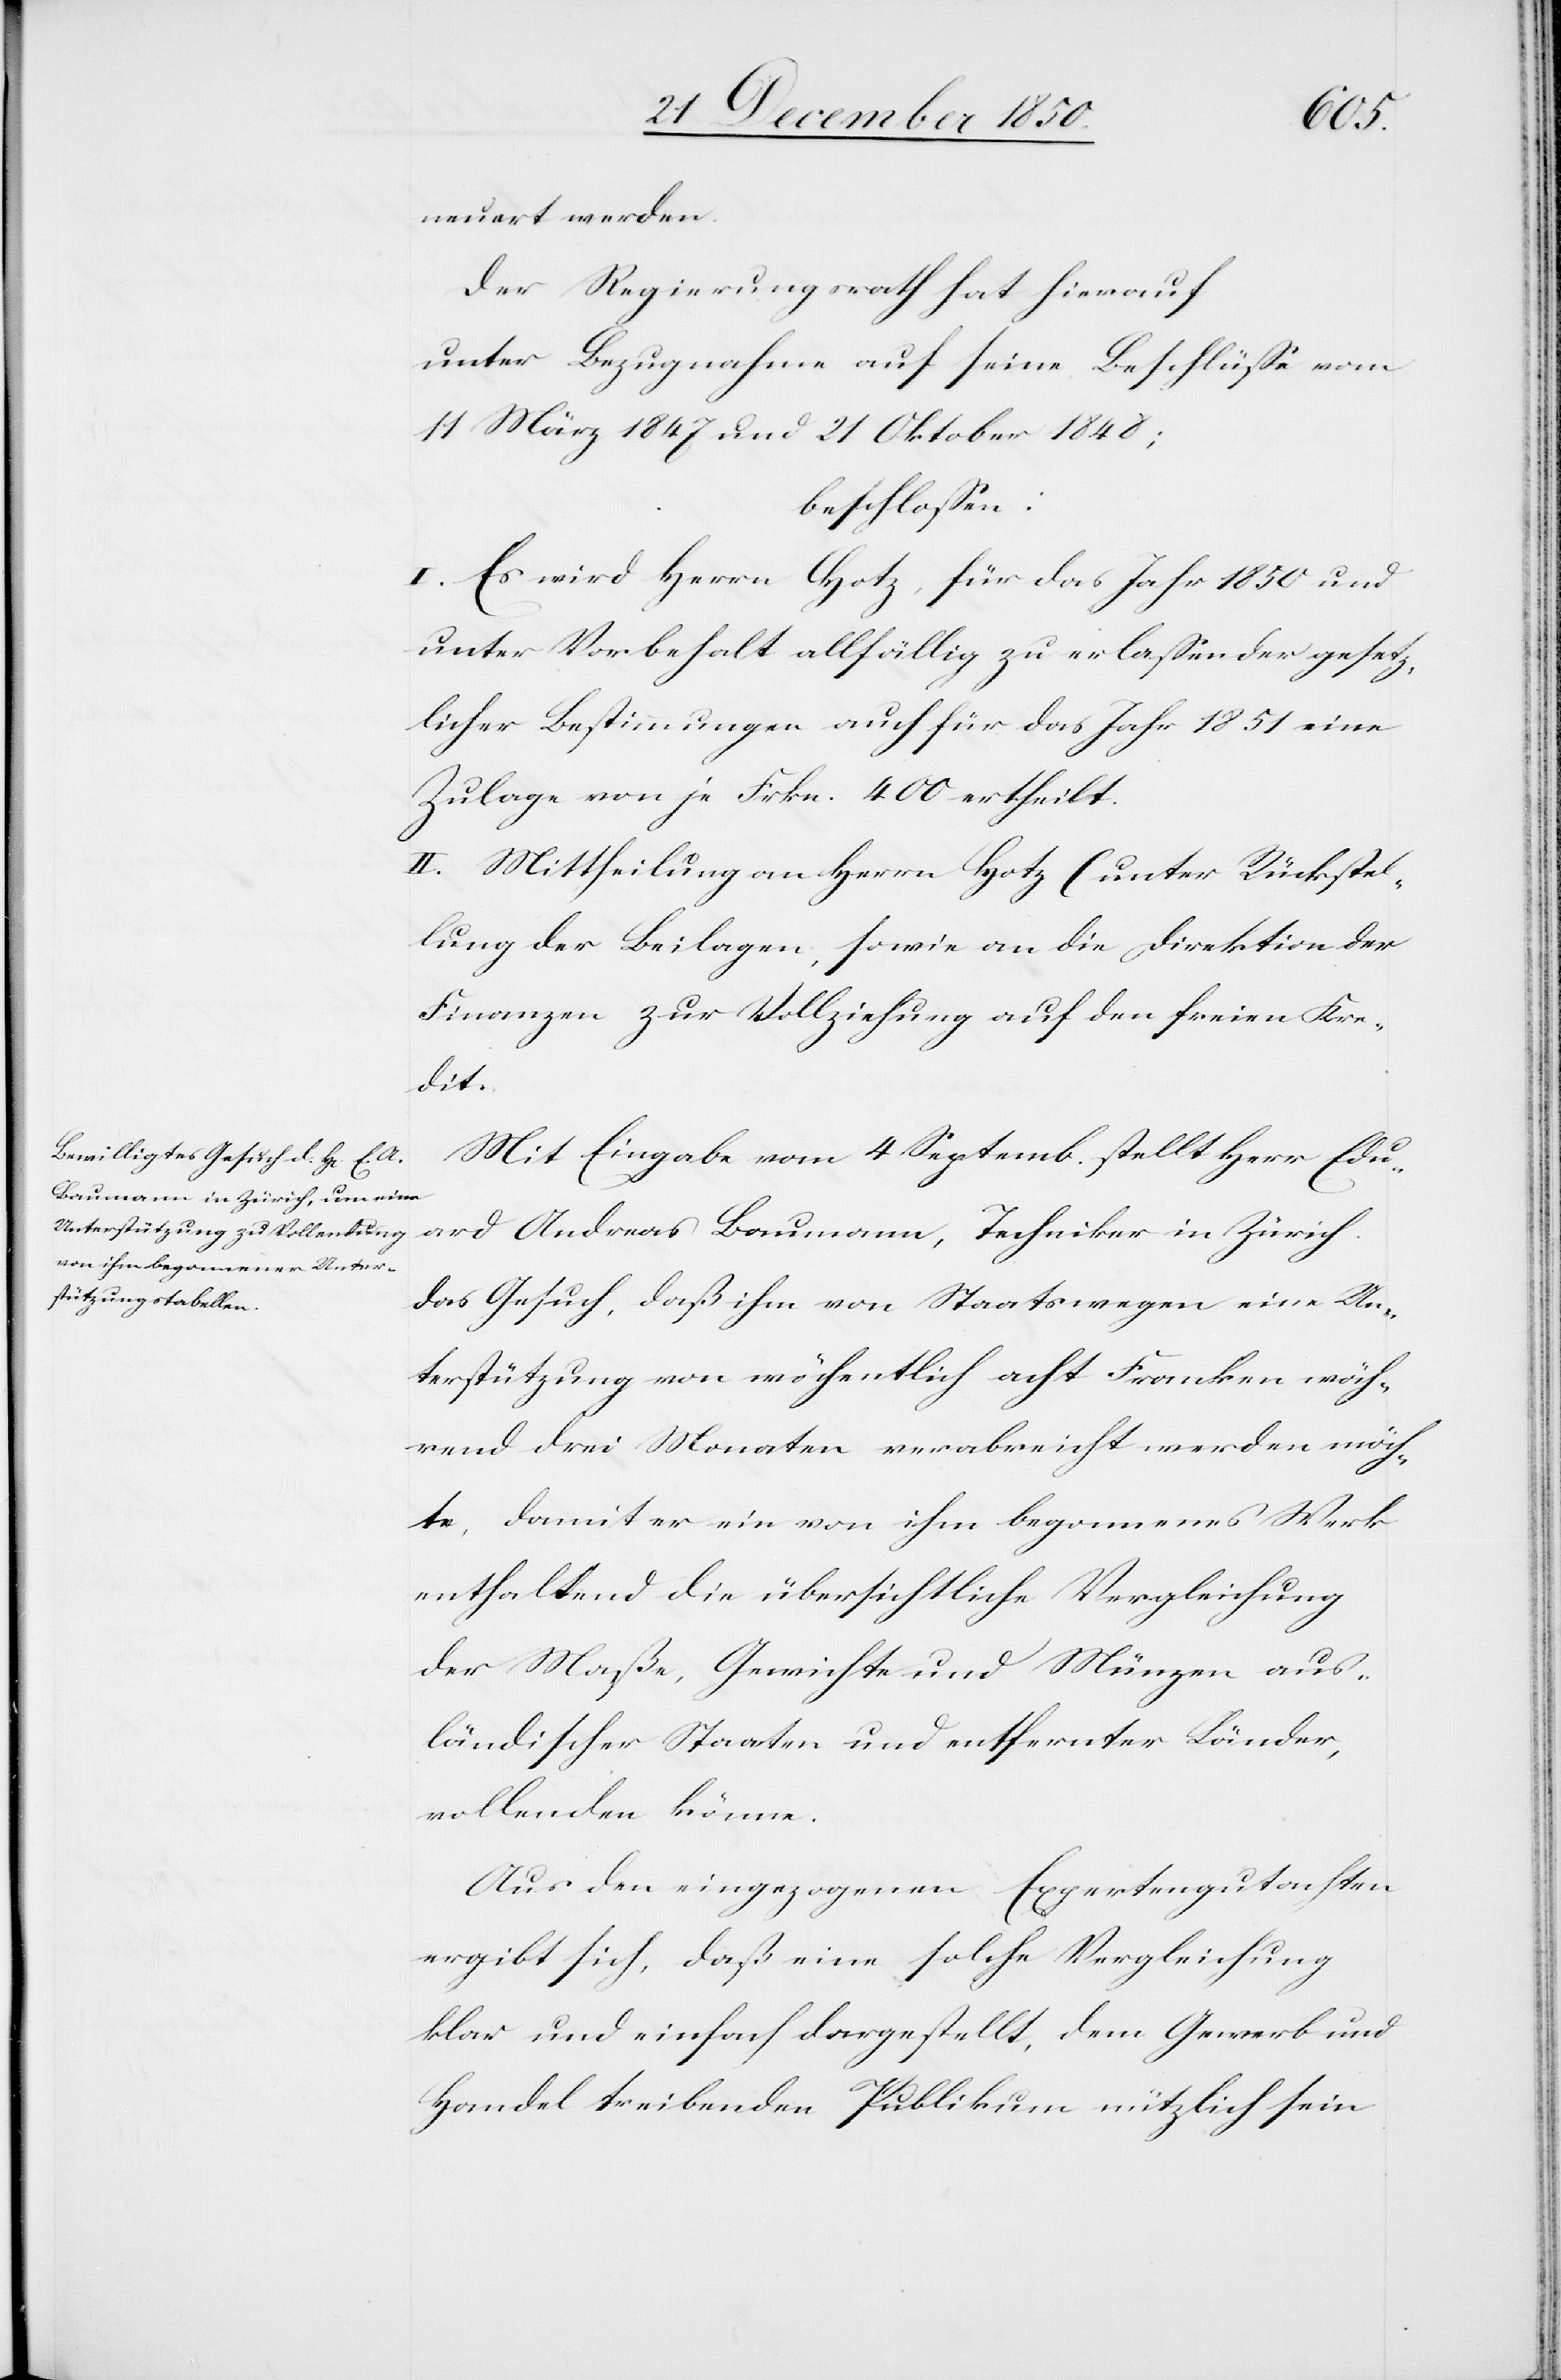
neuert werden.
Der Regierungsrath hat hierauf
unter Bezugnahme auf seine Beschlüsse vom
11 März 1847 und 21 Oktober 1848;
beschlossen:
I. Es wird Herrn Hotz, für das Jahr 1850 und
unter Vorbehalt allfällig zu erlassender gesetz¬
licher Bestimmungen auch für das Jahr 1851 eine
Zulage von je Frkn. 400 ertheilt.
II. Mittheilung an Herrn Hotz (unter Rückstel¬
lung der Beilagen[)], sowie an die Direktion der
Finanzen zur Vollziehung auf den freien Kre¬
dit.
Mit Eingabe vom 4 Septemb. stellt Herr Edu¬
ard Andreas Baumann, Techniker in Zürich
das Gesuch, daß ihm von Staatswegen eine Un¬
terstützung von wöchentlich acht Franken wäh¬
rend drei Monaten verabreicht werden möch¬
te, damit er ein von ihm begonnenes Werk
enthaltend die übersichtliche Vergleichung
der Maße, Gewichte und Münzen aus¬
ländischer Staaten und entfernter Länder,
vollenden könne.
Aus den eingezogenen Expertengutachten
ergibt sich, daß eine solche Vergleichung
klar und einfach dargestellt, dem Gewerb und
Handel treibenden Publikum nützlich sein